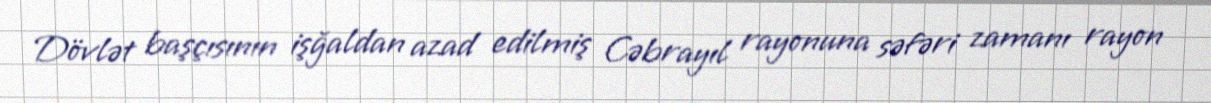
Dövlət başçısının işğaldan azad edilmiş Cəbrayıl rayonuna səfəri zamanı rayon